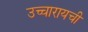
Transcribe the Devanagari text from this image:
उच्चारायची